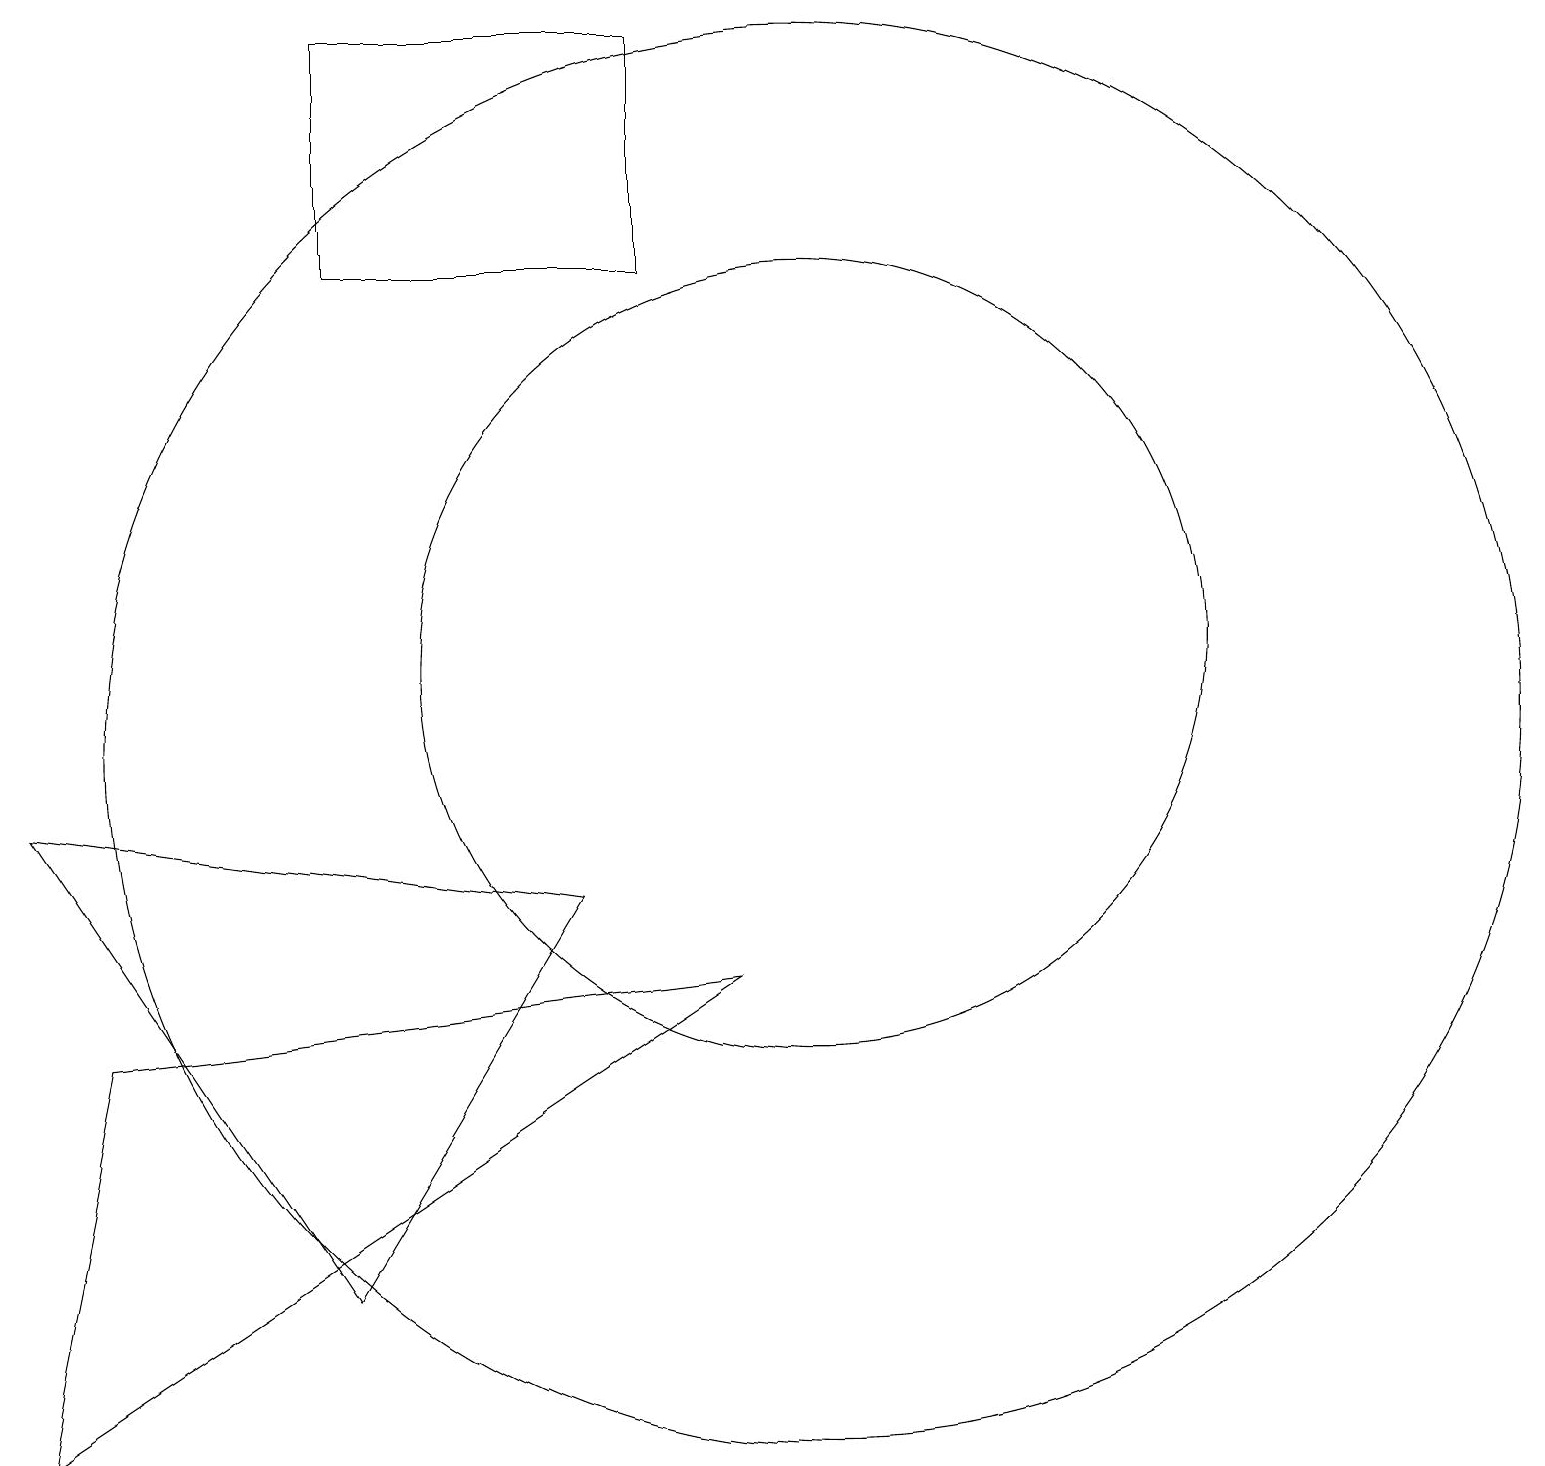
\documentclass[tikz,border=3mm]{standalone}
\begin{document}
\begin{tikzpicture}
\draw (4,19) rectangle (8,16);
\draw (9,7) -- (0,1) -- (1,6) -- cycle;
\draw (10,11) circle (5);
\draw (0,9) -- (4,3) -- (7,8) -- cycle;
\draw (10,10) circle (9);
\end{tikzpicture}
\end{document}